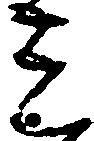
ミ